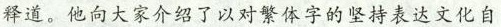
释道他向大家介绍了以对繁体字的坚持表达文化自